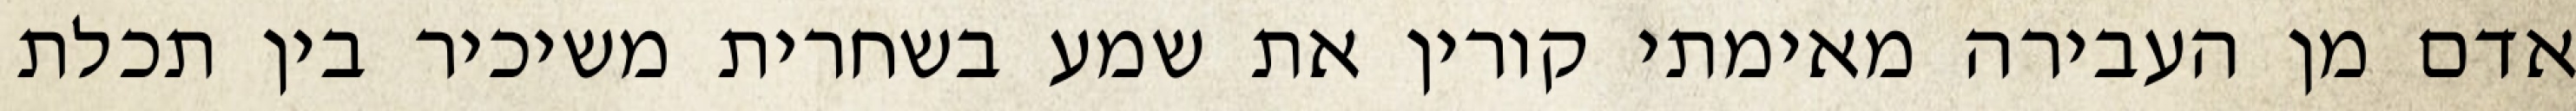
אדם מן העבירה מאימתי קורין את שמע בשחרית משיכיר בין תכלת